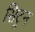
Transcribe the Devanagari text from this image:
सिट्रन